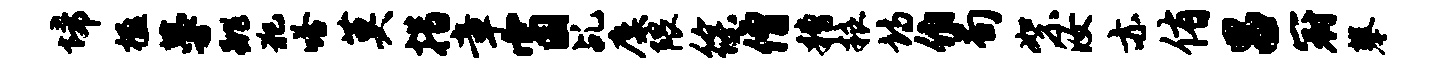
埽楹蔓跳犯嗒莫措章窗乩麋隈徐僧糟粮诗伯荀絮汝亦侑吕冠攀